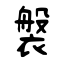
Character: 褩